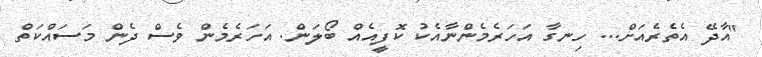
"އާދޭ އެތެރެއަށް... ހިނގާ އަހަރެމެންނާއެކު ކޮފީއެއް ބޯލަން. އަހަރެމެން ވެސް ދެން މަސައްކަތް